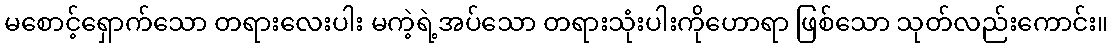
မစောင့်ရှောက်သော တရားလေးပါး မကဲ့ရဲ့အပ်သော တရားသုံးပါးကိုဟောရာ ဖြစ်သော သုတ်လည်းကောင်း။